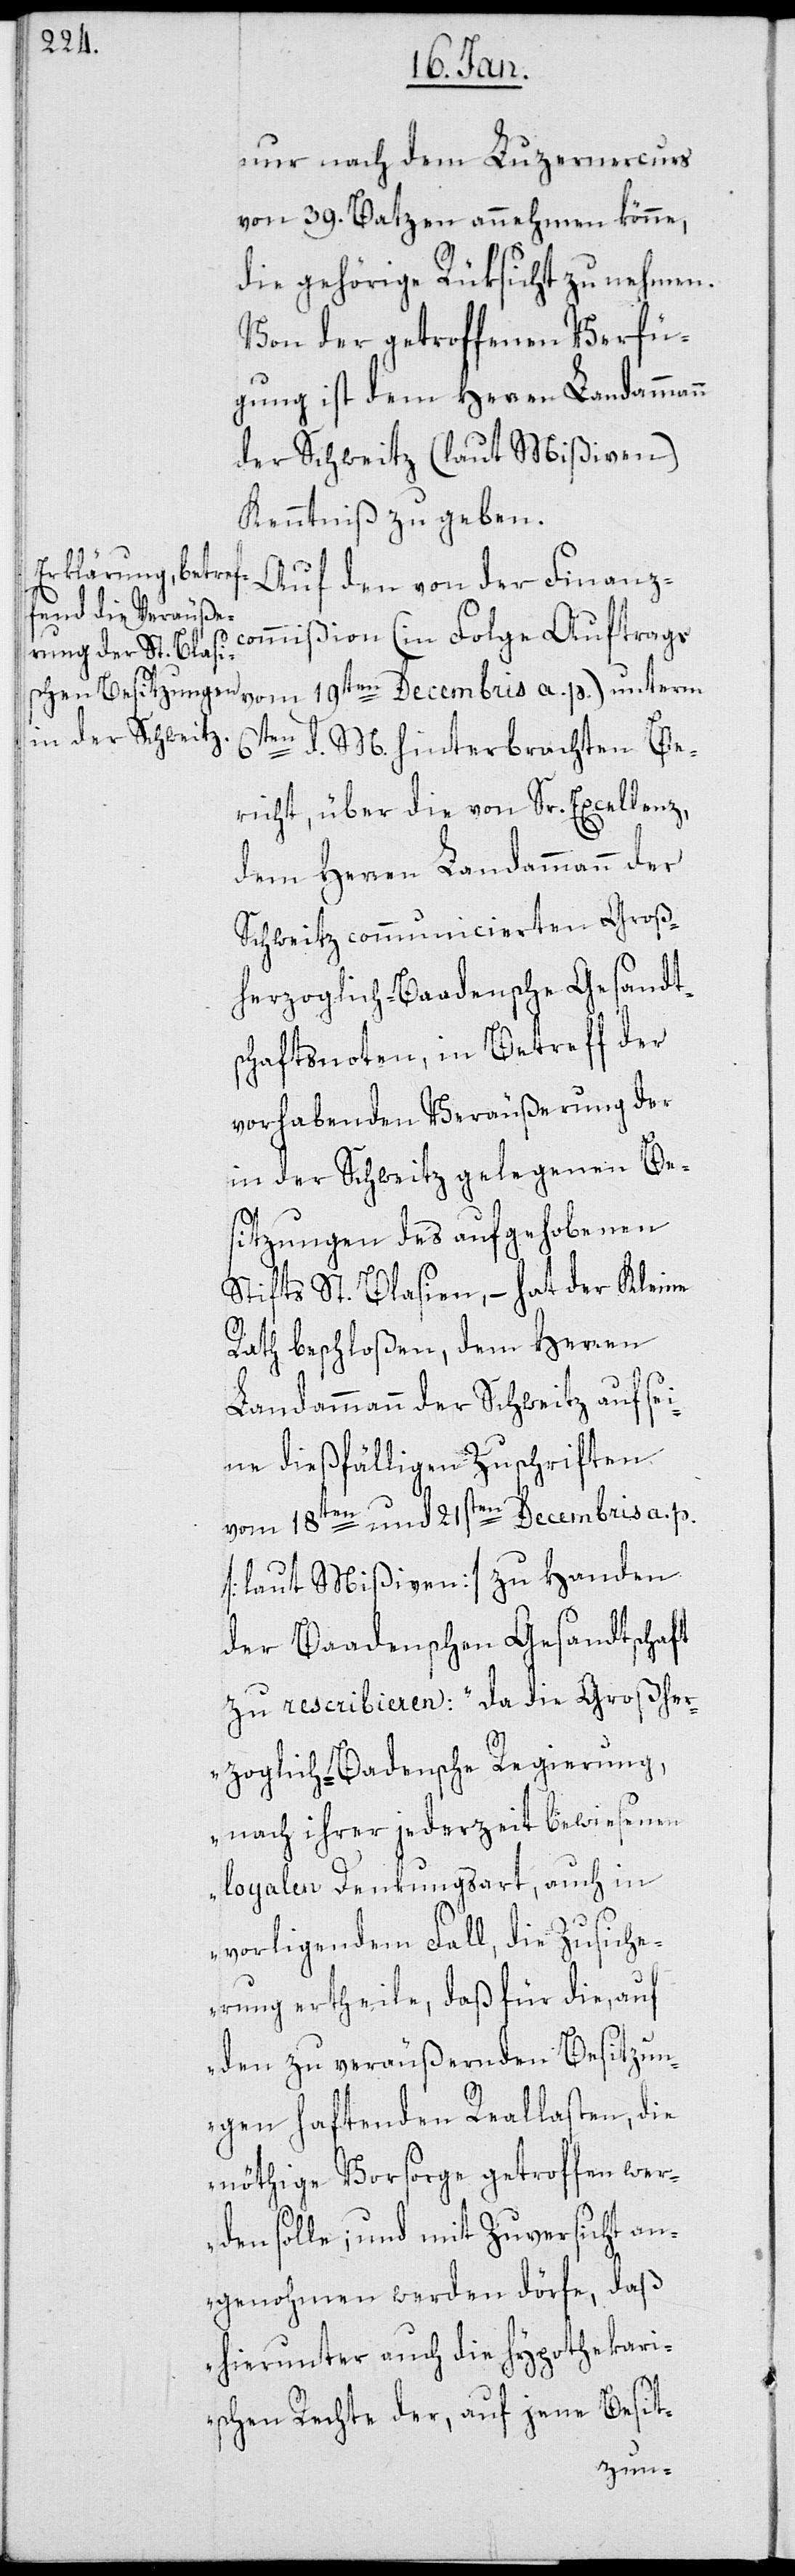
nur nach dem Luzernercurs
von 39. Batzen annehmen könne,
die gehörige Rüksicht zu nehmen.
Von der getroffenen Verfü¬
gung ist dem Herren Landammann
der Schweitz (laut Mißiven)
Kenntniß zu geben.
Auf den von der Finanzc¬
ommißion (in Folge Auftrags
6ten d. M. hinterbrachten Be¬
richt, über die von Sr. Excellenz
dem Herren Landammann der
Schweitz communicierten Groß¬
herzoglich-Baadensche Gesandt¬
schaftsnoten, in Betreff der
vorhabenden Veräußerung der
in der Schweitz gelegenen Be¬
sitzungen des aufgehobenen
Stifts St. Blasien, – hat der Kleine
Rath beschloßen, dem Herren
Landammann der Schweitz auf sei¬
ne dießfälligen Zuschriften
vom 18ten und 21sten Decembris a. p.
[laut Mißiven] zu Handen
der Baadenschen Gesandtschaft
zu rescribieren: „Da die Großhe¬
rzoglich-Badensche Regierung,
nach ihrer jederzeit bewiesenen
loyalen Denkungsart, auch in
vorligendem Fall, die Zusiche¬
rung ertheile, daß für die, auf
den zu veräußernden Besitzun¬
gen haftenden Reallasten, die
nöthige Vorsorge getroffen wer¬
den solle; und mit Zuversicht an¬
genohmen werden dörfe, daß
hierunter auch die hypothekari¬
schen Rechte der, auf jene Besit-